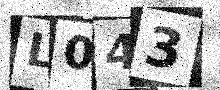
Text: L043